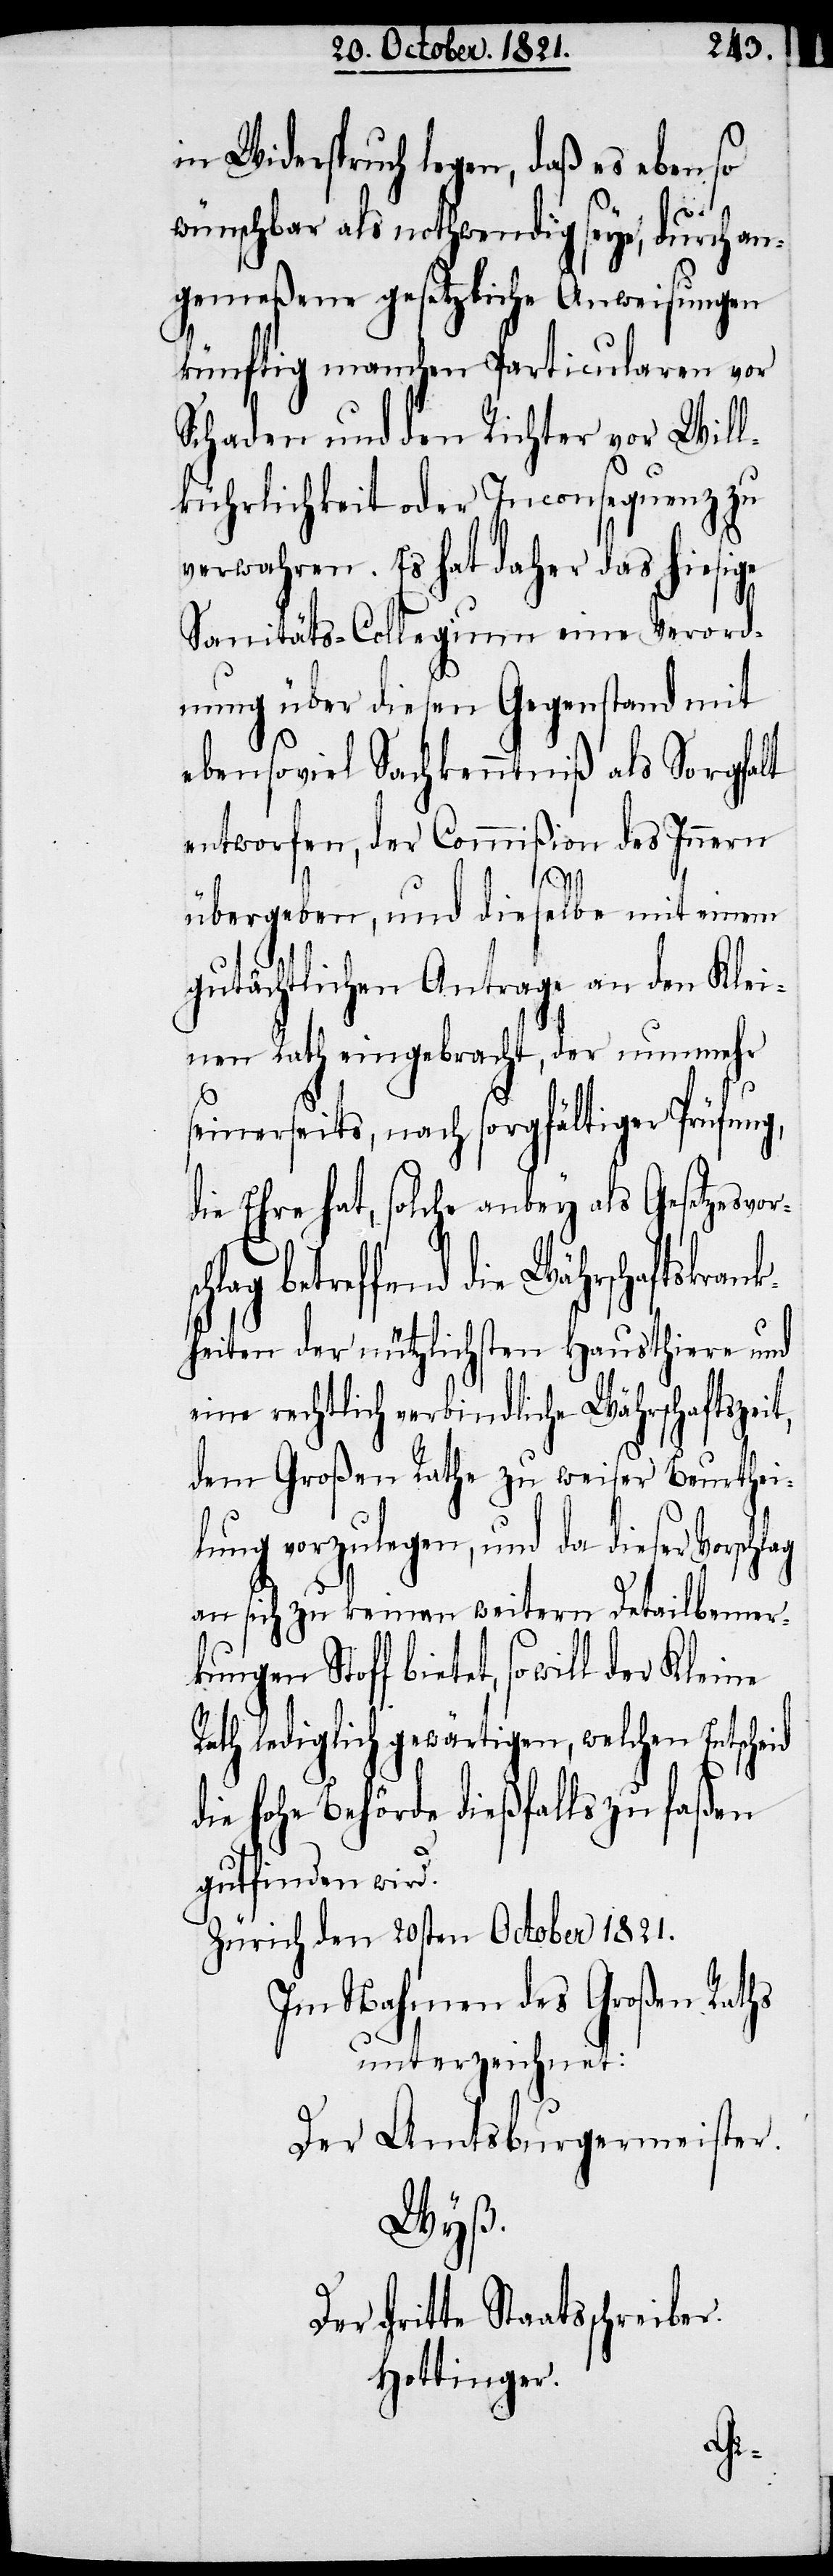
Widerspruch legen, daß es ebenso
wünschbar als nothwendig seye, durch an¬
gemeßene gesetzliche Anweisungen
künftig manchen Particularen vor
Schaden und den Richter vor Will¬
kührlichkeit oder Inconsequenz zu
verwahren. Es hat daher das hiesige
Sanitäts-Collegium eine Verord¬
nung über diesen Gegenstand mit
ebensoviel Sachkenntniß als Sorgfalt
entworfen, der Commißion des Innern
übergeben, und dieselbe mit einem
gutächtlichen Antrage an den Klei¬
nen Rathe eingebracht, der nunmehr
seinerseits, nach sorgfältiger Prüfung,
die Ehre hat, solche anbey als Gesetzesvor¬
betreffend die Währschaftskran¬
kheiten der nützlichsten Hausthiere und
eine rechtlich verbindliche Währschaftszeit,
dem Großen Rathe zu weiser Beurthei¬
lung vorzulegen, und da dieser Vorschl¬
an sich zu keinen weitern Detailbemer¬
kungen Stoff bietet, so will der
Rath lediglich gewärtigen, welchen Entscheid
die hohe Behörde dießfällig zu faßen
gutfinden wird.
Zürich den 20sten October 1821.
Im Nahmen des Großen Rathes
unterzeichnet:
Der Amtsburgermeister.
Wyß.
dritte Staatsschreiber.
Hottinger.
ag